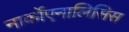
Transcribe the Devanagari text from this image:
नार्कोएनालिसिस